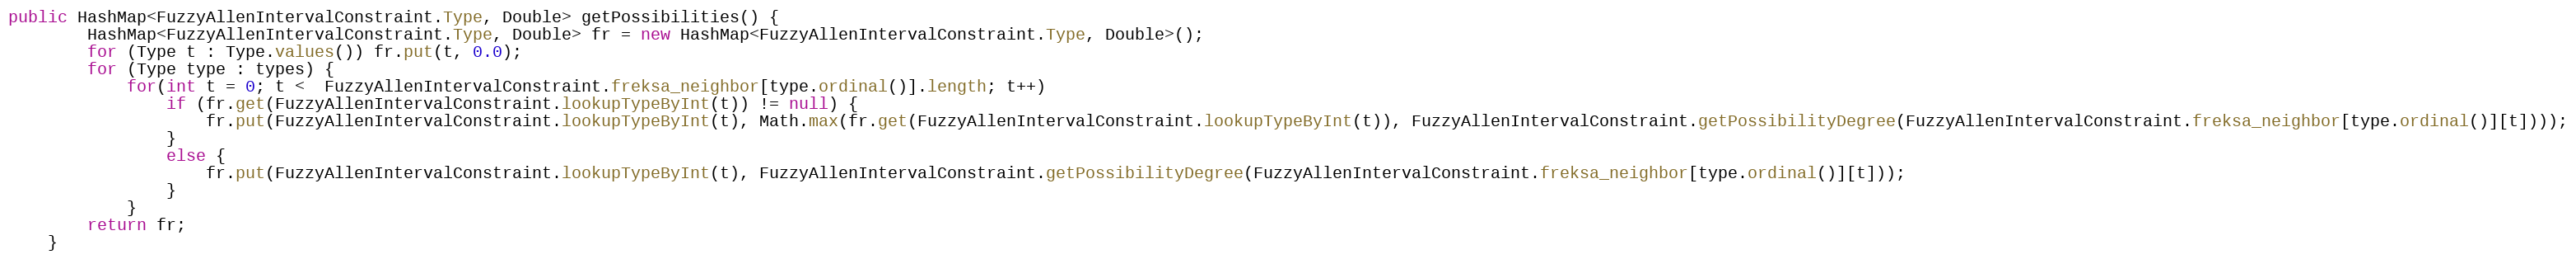
Language: Java
public HashMap<FuzzyAllenIntervalConstraint.Type, Double> getPossibilities() {
		HashMap<FuzzyAllenIntervalConstraint.Type, Double> fr = new HashMap<FuzzyAllenIntervalConstraint.Type, Double>();
		for (Type t : Type.values()) fr.put(t, 0.0);
		for (Type type : types) {
			for(int t = 0; t <  FuzzyAllenIntervalConstraint.freksa_neighbor[type.ordinal()].length; t++)
				if (fr.get(FuzzyAllenIntervalConstraint.lookupTypeByInt(t)) != null) {
					fr.put(FuzzyAllenIntervalConstraint.lookupTypeByInt(t), Math.max(fr.get(FuzzyAllenIntervalConstraint.lookupTypeByInt(t)), FuzzyAllenIntervalConstraint.getPossibilityDegree(FuzzyAllenIntervalConstraint.freksa_neighbor[type.ordinal()][t])));
				}
				else {
					fr.put(FuzzyAllenIntervalConstraint.lookupTypeByInt(t), FuzzyAllenIntervalConstraint.getPossibilityDegree(FuzzyAllenIntervalConstraint.freksa_neighbor[type.ordinal()][t]));
				}
			}
		return fr;
	}